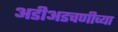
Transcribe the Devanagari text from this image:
अडीअडचणीच्या